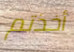
أخذتم